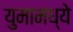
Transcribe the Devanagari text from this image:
युमामध्ये